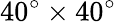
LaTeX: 40^{\circ}\times 40^{\circ}